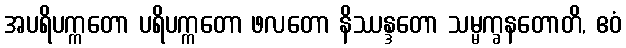
အပရိပက္ကတော ပရိပက္ကတော ဖလတော နိဿန္ဒတော သမ္မက္ခနတောတိ, ဧဝံ